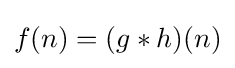
f(n)=(g\ast h)(n)